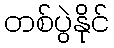
တစ်ပွဲနိုင်